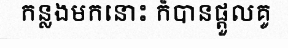
កន្លងមកនោះ ក៏បានផ្តួលគូ